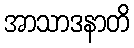
အာသာဒနာတိ